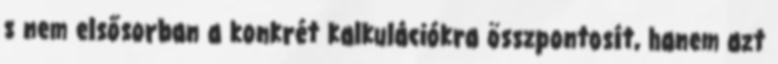
s nem elsősorban a konkrét kalkulációkra összpontosít, hanem azt